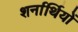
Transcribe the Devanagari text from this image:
शर्नार्थियों